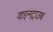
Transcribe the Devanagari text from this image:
वाइनट्राउब